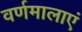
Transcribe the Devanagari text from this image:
वर्णमालाएं